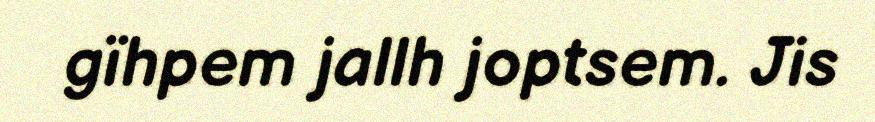
gïhpem jallh joptsem. Jis